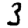
Digit: 3